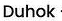
Duhok